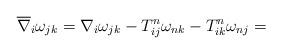
LaTeX: \begin{align*}\overline{\nabla }_i \omega_{jk}=\nabla _i \omega_{jk}-T_{ij}^n\omega_{nk}-T_{ik}^n \omega_{nj}=\end{align*}